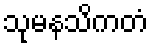
သုမနသိကတံ